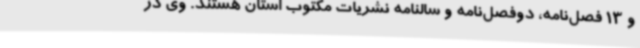
و 13 فصل‌نامه، دوفصل‌نامه و سالنامه نشریات مکتوب استان هستند. وی در